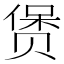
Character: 𲃄